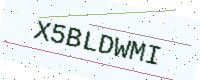
Text: X5BLDWMI